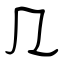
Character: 几